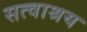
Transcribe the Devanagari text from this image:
सत्वाश्रय